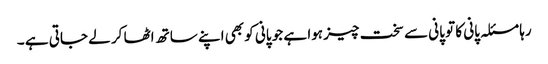
رہا مسئلہ پانی کا تو پانی سے سخت چیز ہوا ہے جو پانی کو بھی اپنے ساتھ اٹھا کر لے جاتی ہے ۔